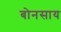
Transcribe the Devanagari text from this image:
बोनसाय